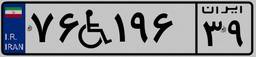
۷۶W۱۹۶۳۹